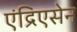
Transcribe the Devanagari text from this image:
एंद्रिएसेन